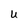
Character: U